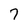
Character: 7